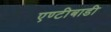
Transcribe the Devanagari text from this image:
एण्टीबाडी